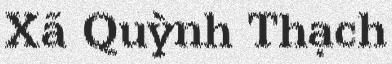
Xã Quỳnh Thạch